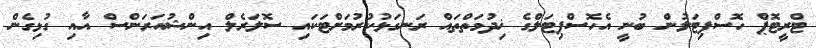
ޓްރީޓޮޕް ހޮސްޕިޓަލުން ބުނީ އެހޮސްޕިޓަލްގެ ޚިދުމަތްތައް ރަނގަޅުކުރުމަށްޓަކައި ސޮލަރެލް އިންޝުއަރަންސް އާއި ގުޅިގެން